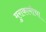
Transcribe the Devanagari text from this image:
मुराकामीचा